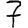
Digit: 7